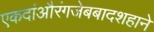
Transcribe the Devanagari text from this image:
एकदांऔरंगजेबबादशहाने